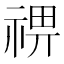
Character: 𥚈